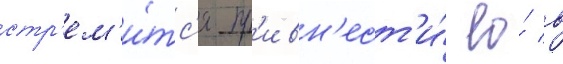
стр'ем'и́тс'я пр'ивн'ест'и́ ео́ в